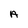
Character: A